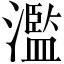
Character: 濫